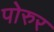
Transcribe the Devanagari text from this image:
पोरुर